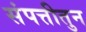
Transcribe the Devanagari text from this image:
संपत्तीतुन